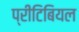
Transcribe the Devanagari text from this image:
प्रीटिबियल